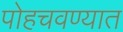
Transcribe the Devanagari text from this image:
पोहचवण्यात